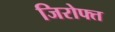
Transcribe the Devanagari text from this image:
जिरोफ्त